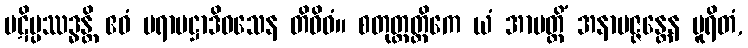
ပဋိပ္ပဿဒ္ဓန္တိ ဧဝံ ပရာမဋ္ဌာဒိဝသေန တိဝိဓံ။ စတုတ္ထတ္တိကေ ယံ အာပတ္တိံ အနာပဇ္ဇန္တေန ပူရိတံ,